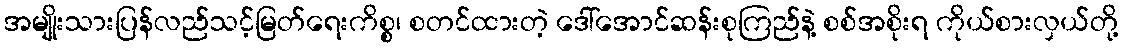
အမျိုးသားပြန်လည်သင့်မြတ်ရေးကိစ္စ၊ စတင်ထားတဲ့ ဒေါ်အောင်ဆန်းစုကြည်နဲ့ စစ်အစိုးရ ကိုယ်စားလှယ်တို့